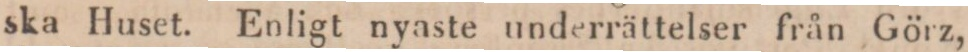
ska Huset. Enligt nyaste underrättelser från Görz,